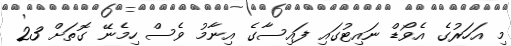
މި އަހަރުގެ އެވޯޑް ނައިޓުގައި ފައިސާގެ އިނާމު ވެސް ހިމެނޭ ގޮތަށް 23